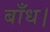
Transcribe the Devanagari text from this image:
बाँध।